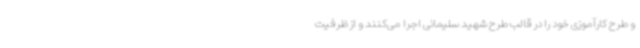
و طرح کارآموزی خود را در قالب طرح شهید سلیمانی اجرا می‌کنند و از ظرفیت